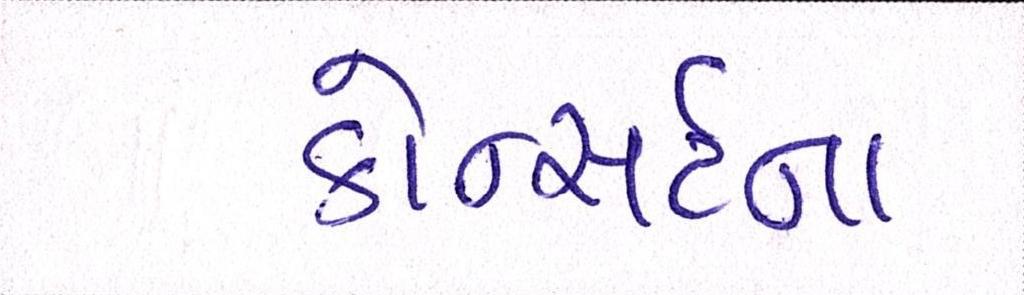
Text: કોન્સર્ટના